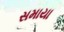
સમાયા